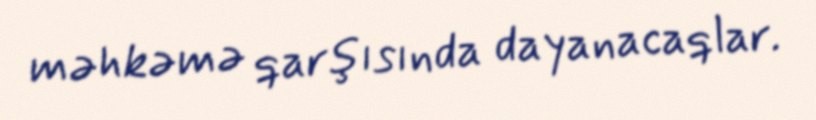
məhkəmə qarşısında dayanacaqlar.